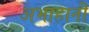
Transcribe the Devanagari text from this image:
अभाहानी